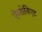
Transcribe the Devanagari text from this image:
ऐन्तोनिएट